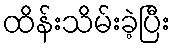
ထိန်းသိမ်းခဲ့ပြီး